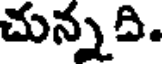
చున్నది.